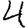
Digit: 4